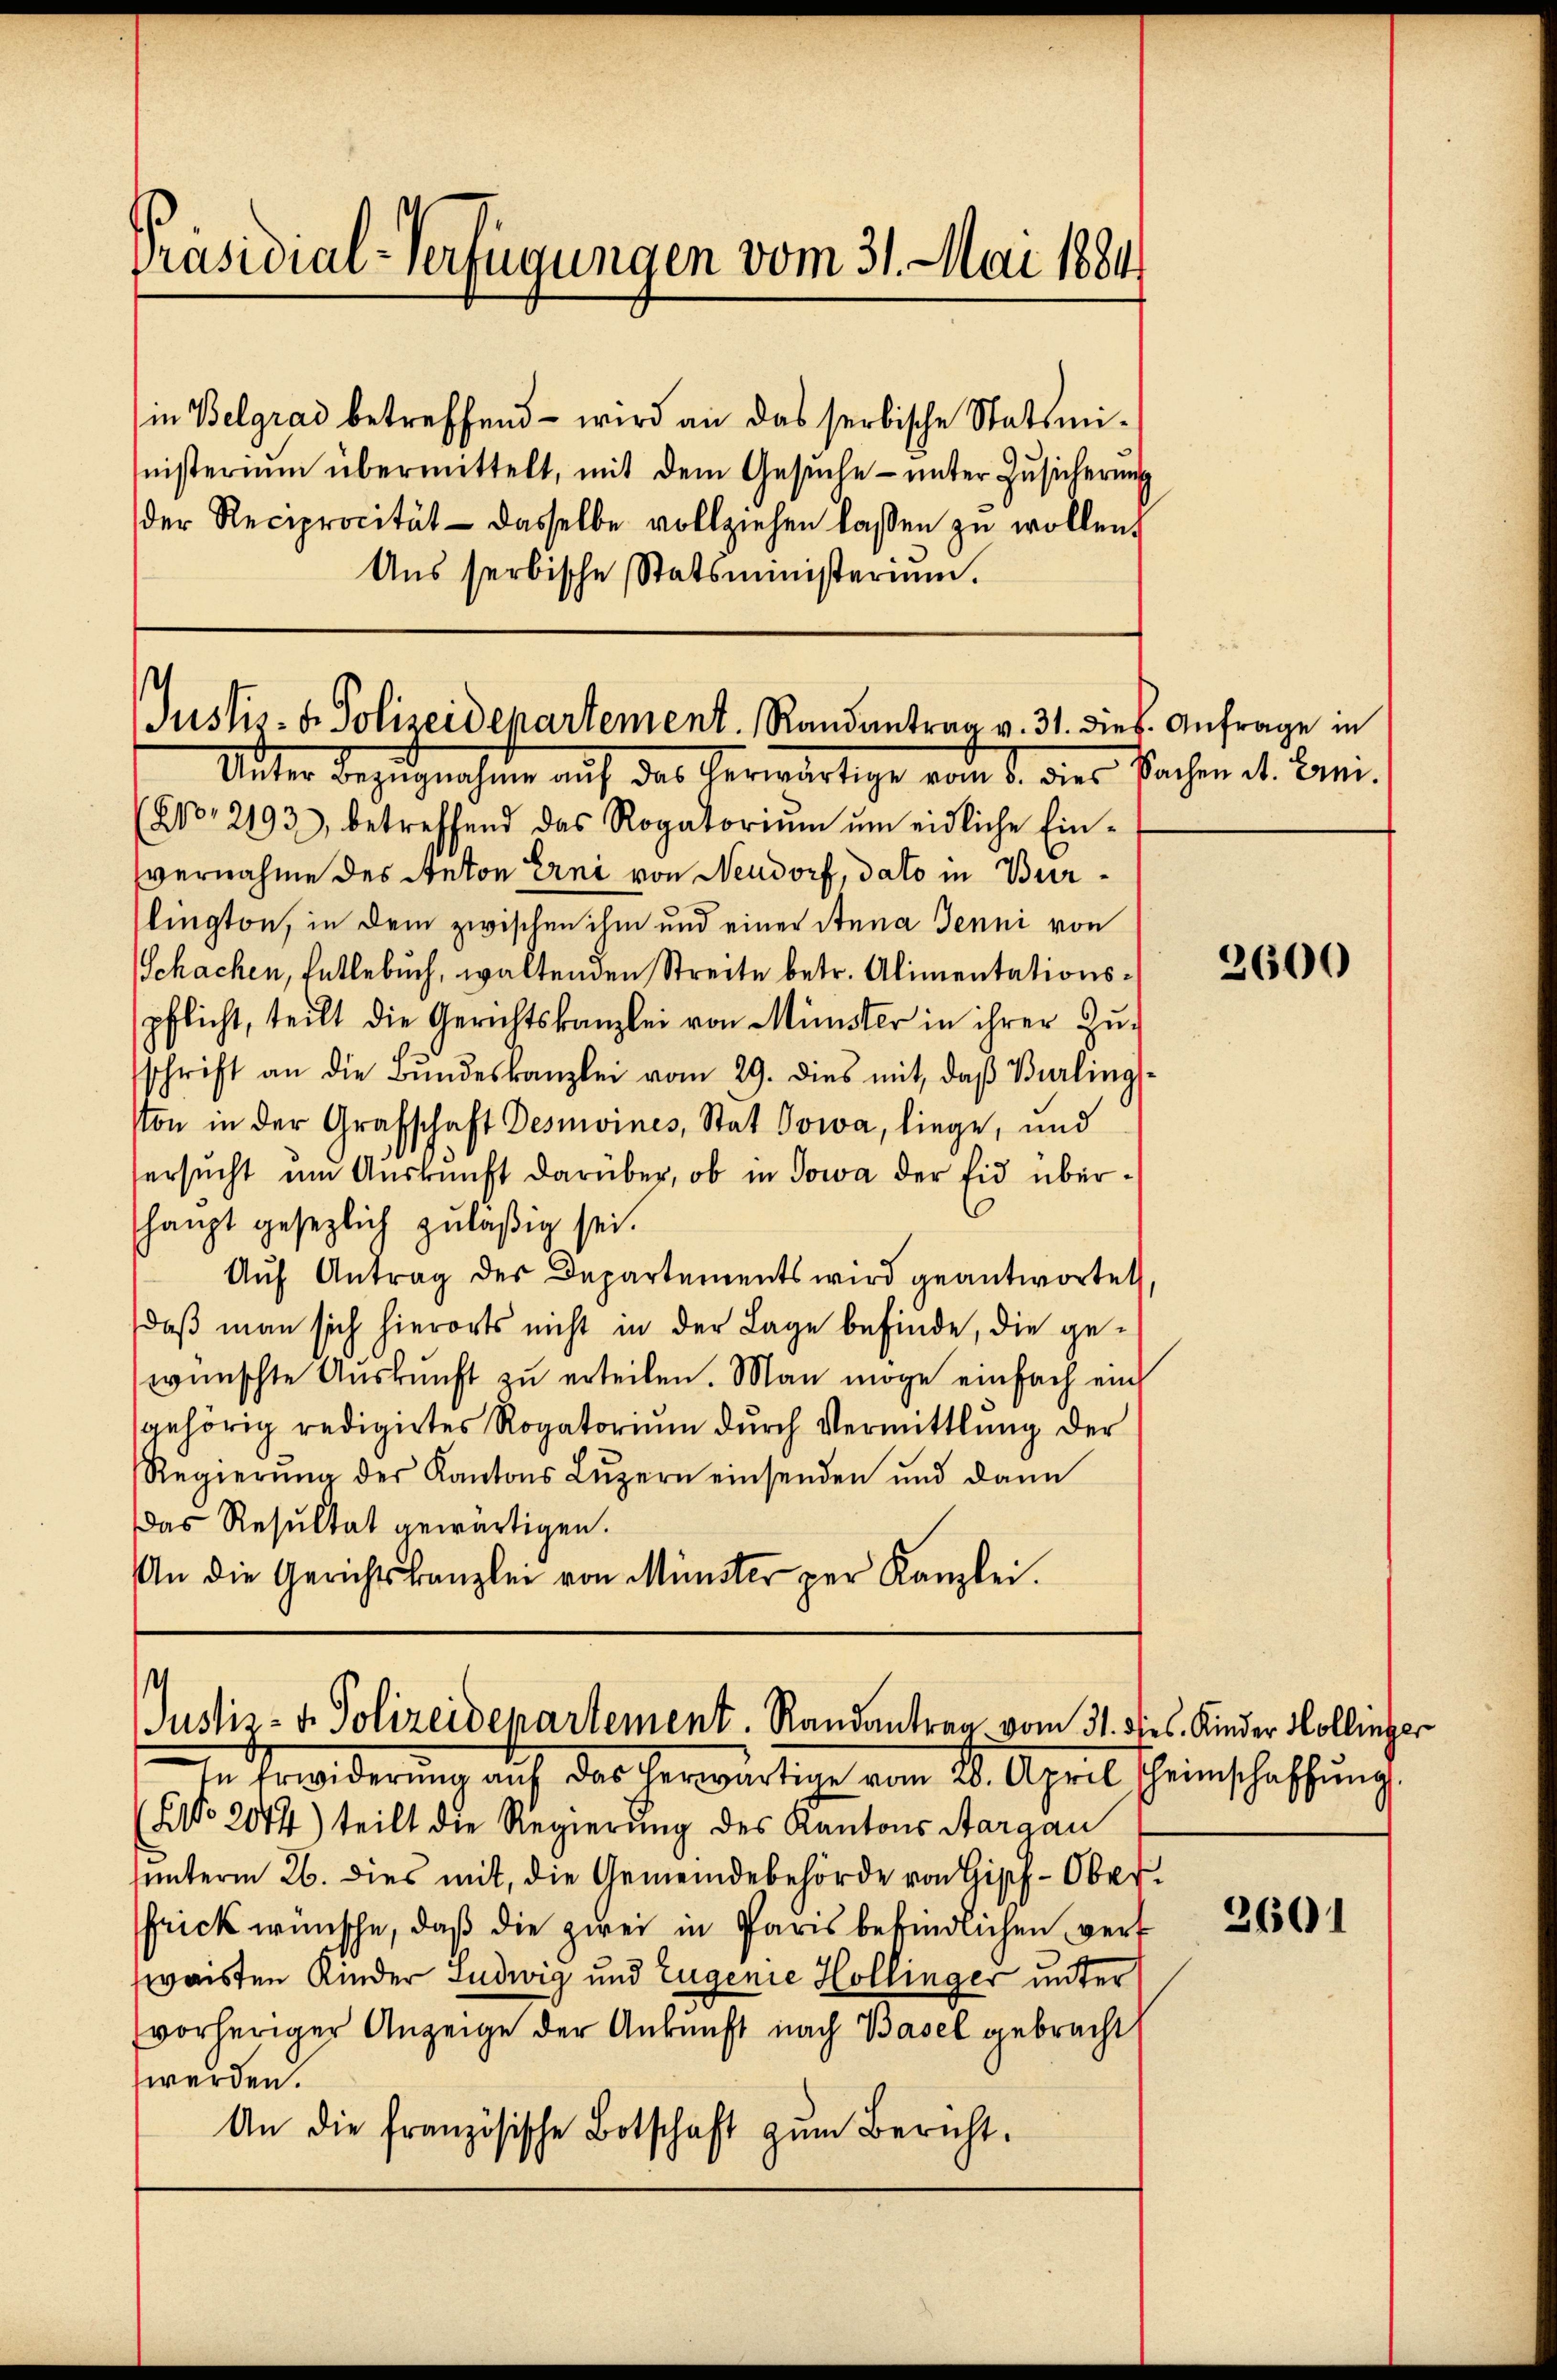
Präsidial-Verfügungen vom 31. Mai 1884.

in Belgrad betreffend – wird an das serbische Statsmiinisterium übermittelt, mit dem Gesuche unter Zusicherung
der Reciprocität dasselbe vollziehen lassen zŭ wollen.
Ans serbische Statsministerium.

Justiz- & Polizeidepartement. Randantrag v. 31. dies. Anfrage in
Unter Bezugnahme auf das herwärtige vom 8. dies Sachen d. Lani¬

(800, 2193), betreffend das Rogatoriŭm ŭm eidliche Ein-
vernahme des Anton Erni von Neudorf, dato in Burlington, in dem zwischen ihm und einer Anna Jenni von
Schachen, Entlebuch, waltenden Streite betr. Alimentationspflicht, teilt die Gerichtskanzlei von Münster in ihrer Zŭ-
schrift an die Bŭndeskanzlei vom 29. dies mit, daβ Berlings-
ston in der Grafschaft Desmoines, Stat Towa, liege, und
ersucht um Auskunft darüber, ob in Sowa der Eid überhaupt gesezlich zuläßig sei.
Auf Antrag des Departements wird geantwortet
daß man sich hierorts nicht in der Lage befinde, die gewünschte Auskunft zu erteilen. Man möge einfach ein
gehörig redigirtes Rogatoriŭm dŭrch Vermittlung der
Regierŭng der Kantons Lŭzern einsenden und dann
das Resultat gewärtigen.
An die Gerichtskanzlei von Münster per Kanzlei.

Justiz- & Polizeidepartement. Randantrag vom 31. dies Kinder Kollinger

In Erwiderŭng aŭf das herwärtige vom 20. April Heimschaffŭng
No 2044) teilt die Regierung des Kantons Aargau
unterm 26. dies mit, die Gemeindebehörde von Gisch-Ober¬
Frick wünsche, daß die zwei in Paris befindlichen verwaisten Kinder Ludwig und Eugenie Hollinger unter
vorheriger Anzeige der Ankunft nach Basel gebracht
werden.
An die französische Botschaft zŭm Bericht.

2600

2601